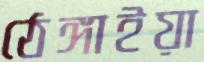
ঠেঙ্গাইয়া